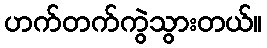
ဟက်တက်ကွဲသွားတယ်။